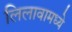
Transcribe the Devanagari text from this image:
लिलावामध्ये